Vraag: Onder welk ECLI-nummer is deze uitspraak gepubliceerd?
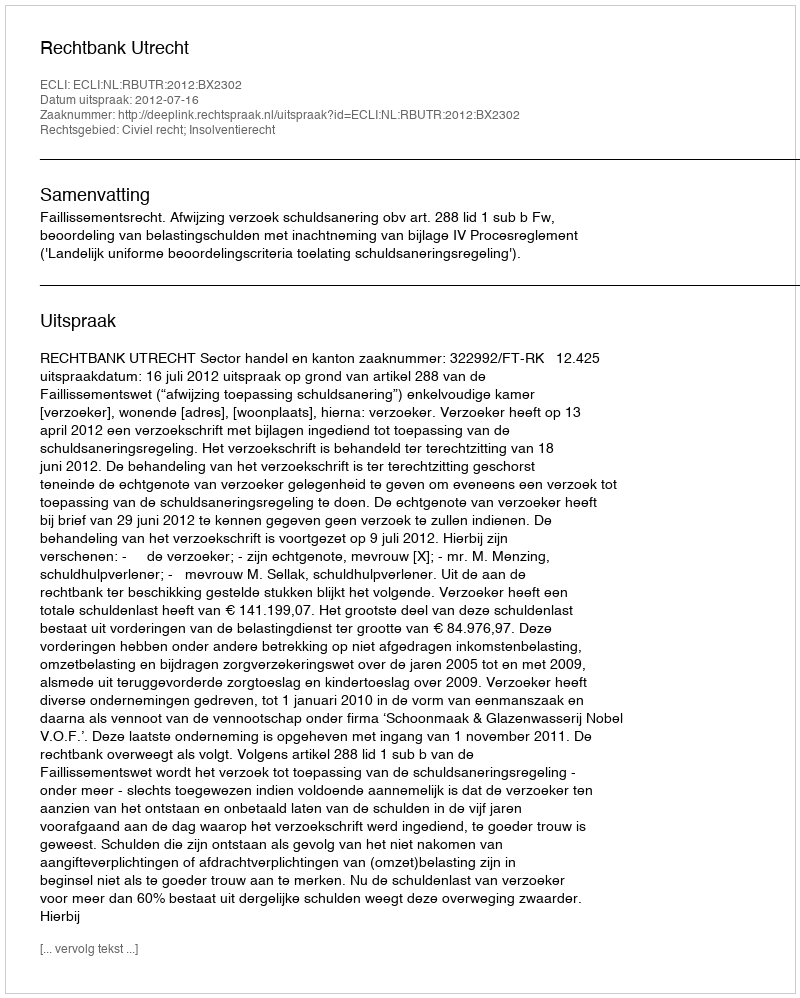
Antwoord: ECLI:NL:RBUTR:2012:BX2302